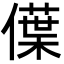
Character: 僷